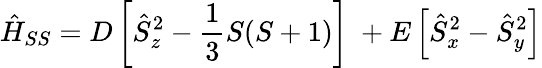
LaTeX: \hat{H}_{SS}=D\left[\hat{S}_{z}^{2}-\frac{1}{3}S(S+1)\right]\ +E\left[\hat{S}_{x}^{2}-\hat{S}_{y}^{2}\right]